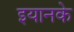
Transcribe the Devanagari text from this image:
इयानके